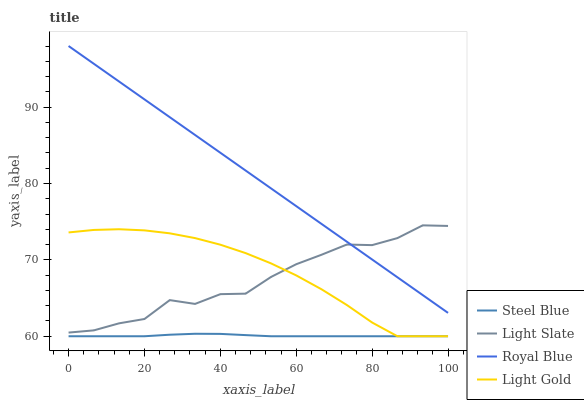
| xaxis_label | Steel Blue | Light Slate | Royal Blue | Light Gold |
 | --- | --- | --- | --- | --- |
 | 0 | 60 | 60.5 | 98 | 73.6 |
 | 6.67 | 60 | 60.8 | 95.7 | 73.9 |
 | 13.3 | 60 | 61.7 | 93.3 | 74 |
 | 20 | 60 | 62.3 | 91 | 73.9 |
 | 26.7 | 60.2 | 64.7 | 88.7 | 73.5 |
 | 33.3 | 60.3 | 64.2 | 86.4 | 72.9 |
 | 40 | 60.3 | 65.5 | 84 | 72 |
 | 46.7 | 60.1 | 65.6 | 81.7 | 70.9 |
 | 53.3 | 60 | 67.8 | 79.4 | 69.5 |
 | 60 | 60 | 69.4 | 77 | 68 |
 | 66.7 | 60 | 70.7 | 74.7 | 66.1 |
 | 73.3 | 60 | 72 | 72.4 | 64.1 |
 | 80 | 60 | 71.9 | 70 | 61.8 |
 | 86.7 | 60 | 72.9 | 67.7 | 60 |
 | 93.3 | 60 | 74.5 | 65.4 | 60 |
 | 100 | 60 | 74.4 | 63.1 | 60 |